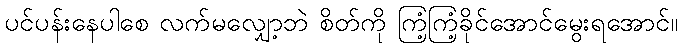
ပင်ပန်းနေပါစေ လက်မလျှော့ဘဲ စိတ်ကို ကြံ့ကြံ့ခိုင်အောင်မွေးရအောင်။